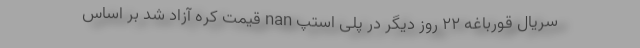
سریال قورباغه 22 روز دیگر در پلی استپ nan قیمت کره آزاد شد بر اساس